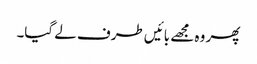
پھر وہ مجھے بائیں طرف لے گیا۔